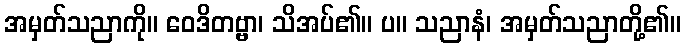
အမှတ်သညာကို။ ဝေဒိတဗ္ဗာ၊ သိအပ်၏။ ပ။ သညာနံ၊ အမှတ်သညာတို့၏။